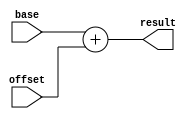

module addr_adder(
	base,
	offset,
	result
);

input[3:0] base;
wire[3:0] base;

input[1:0] offset;
wire[1:0] offset;

output[3:0] result;


wire[3:0] real_offset = offset;

assign result = base + real_offset;






endmodule